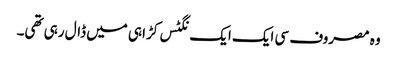
وہ مصروف سی ایک ایک نگٹس کڑاہی میں ڈال رہی تھی۔